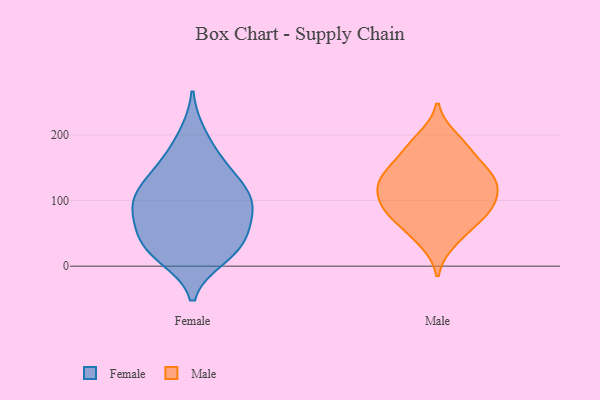
{"axis": {"x": "Churn Rate (%)", "y": "Value"}, "legend": ["Female", "Male"], "data": [{"x": "", "y": 46, "type": "Female"}, {"x": "", "y": 14, "type": "Female"}, {"x": "", "y": 121, "type": "Female"}, {"x": "", "y": 160, "type": "Female"}, {"x": "", "y": 200, "type": "Female"}, {"x": "", "y": 58, "type": "Female"}, {"x": "", "y": 94, "type": "Female"}, {"x": "", "y": 153, "type": "Female"}, {"x": "", "y": 36, "type": "Female"}, {"x": "", "y": 127, "type": "Female"}, {"x": "", "y": 94, "type": "Female"}, {"x": "", "y": 76, "type": "Female"}, {"x": "", "y": 105, "type": "Female"}, {"x": "", "y": 19, "type": "Female"}, {"x": "", "y": 27, "type": "Female"}, {"x": "", "y": 94, "type": "Female"}, {"x": "", "y": 37, "type": "Male"}, {"x": "", "y": 139, "type": "Male"}, {"x": "", "y": 56, "type": "Male"}, {"x": "", "y": 180, "type": "Male"}, {"x": "", "y": 138, "type": "Male"}, {"x": "", "y": 79, "type": "Male"}, {"x": "", "y": 196, "type": "Male"}, {"x": "", "y": 100, "type": "Male"}, {"x": "", "y": 139, "type": "Male"}, {"x": "", "y": 171, "type": "Male"}, {"x": "", "y": 77, "type": "Male"}, {"x": "", "y": 129, "type": "Male"}, {"x": "", "y": 121, "type": "Male"}, {"x": "", "y": 92, "type": "Male"}, {"x": "", "y": 100, "type": "Male"}]}